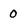
Character: 0